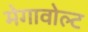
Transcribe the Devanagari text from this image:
मेगावोल्ट